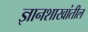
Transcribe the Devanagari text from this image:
ज्ञानशाखांतील